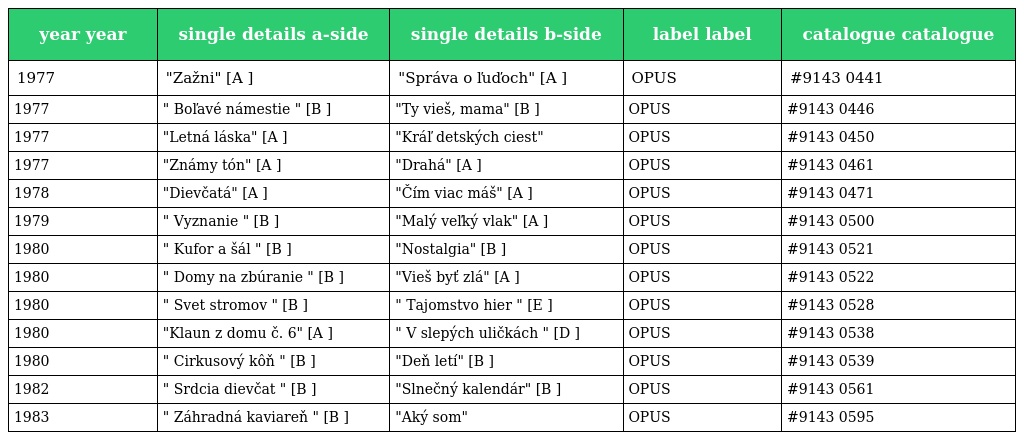
| year year | single details a-side | single details b-side | label label | catalogue catalogue |
 | --- | --- | --- | --- | --- |
 | 1977 | "Zažni" [A ] | "Správa o ľuďoch" [A ] | OPUS | #9143 0441 |
 | 1977 | " Boľavé námestie " [B ] | "Ty vieš, mama" [B ] | OPUS | #9143 0446 |
 | 1977 | "Letná láska" [A ] | "Kráľ detských ciest" | OPUS | #9143 0450 |
 | 1977 | "Známy tón" [A ] | "Drahá" [A ] | OPUS | #9143 0461 |
 | 1978 | "Dievčatá" [A ] | "Čím viac máš" [A ] | OPUS | #9143 0471 |
 | 1979 | " Vyznanie " [B ] | "Malý veľký vlak" [A ] | OPUS | #9143 0500 |
 | 1980 | " Kufor a šál " [B ] | "Nostalgia" [B ] | OPUS | #9143 0521 |
 | 1980 | " Domy na zbúranie " [B ] | "Vieš byť zlá" [A ] | OPUS | #9143 0522 |
 | 1980 | " Svet stromov " [B ] | " Tajomstvo hier " [E ] | OPUS | #9143 0528 |
 | 1980 | "Klaun z domu č. 6" [A ] | " V slepých uličkách " [D ] | OPUS | #9143 0538 |
 | 1980 | " Cirkusový kôň " [B ] | "Deň letí" [B ] | OPUS | #9143 0539 |
 | 1982 | " Srdcia dievčat " [B ] | "Slnečný kalendár" [B ] | OPUS | #9143 0561 |
 | 1983 | " Záhradná kaviareň " [B ] | "Aký som" | OPUS | #9143 0595 |